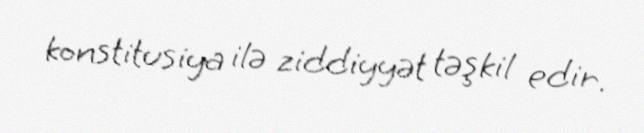
konstitusiya ilə ziddiyyət təşkil edir.